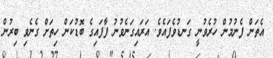
އެތަން ފެނުމުން ހުރެވުނީ ގަނޑުވެފައެވެ. އަރައިގަނެވުނު ފާފައިގެ ބޮޑުކަން ހިތަށް ގެނެވި ބިރުން